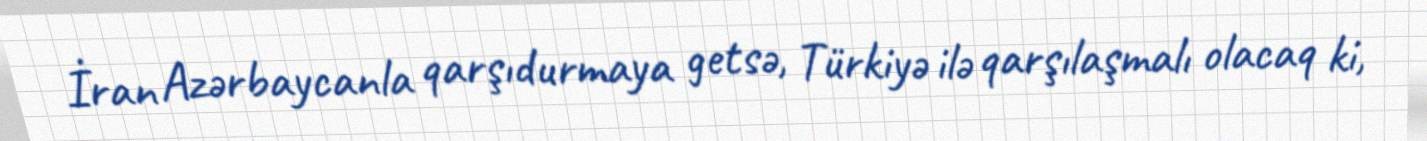
İran Azərbaycanla qarşıdurmaya getsə, Türkiyə ilə qarşılaşmalı olacaq ki,